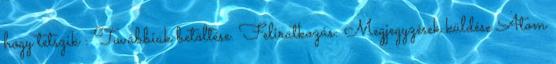
hogy tetszik : Továbbiak betöltése. Feliratkozás: Megjegyzések küldése Atom